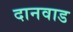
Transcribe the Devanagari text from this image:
दानवाड